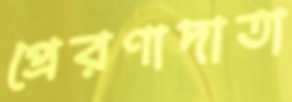
প্রেরণাদাতা